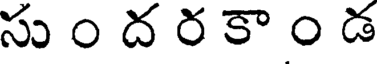
సు ం ద ర కా ం డ